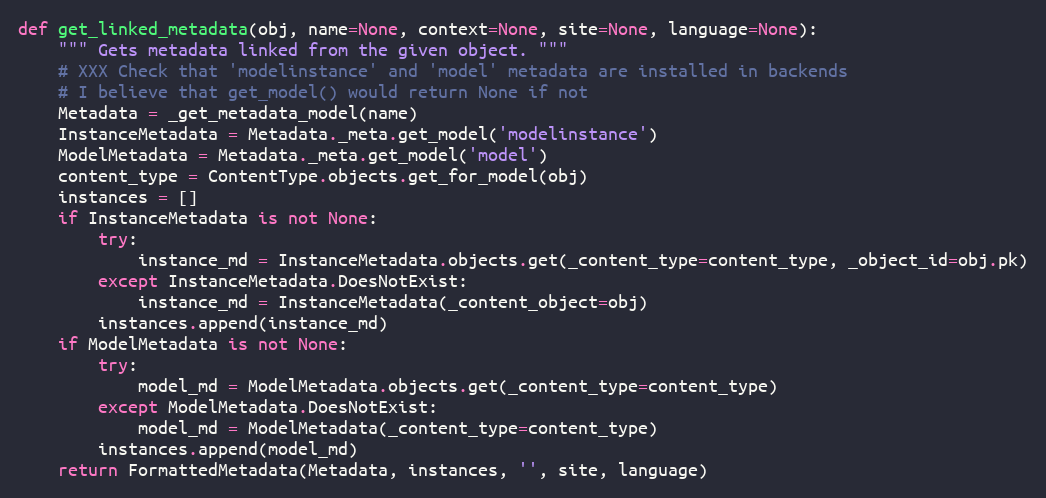
Language: Python
def get_linked_metadata(obj, name=None, context=None, site=None, language=None):
    """ Gets metadata linked from the given object. """
    # XXX Check that 'modelinstance' and 'model' metadata are installed in backends
    # I believe that get_model() would return None if not
    Metadata = _get_metadata_model(name)
    InstanceMetadata = Metadata._meta.get_model('modelinstance')
    ModelMetadata = Metadata._meta.get_model('model')
    content_type = ContentType.objects.get_for_model(obj)
    instances = []
    if InstanceMetadata is not None:
        try:
            instance_md = InstanceMetadata.objects.get(_content_type=content_type, _object_id=obj.pk)
        except InstanceMetadata.DoesNotExist:
            instance_md = InstanceMetadata(_content_object=obj)
        instances.append(instance_md)
    if ModelMetadata is not None:
        try:
            model_md = ModelMetadata.objects.get(_content_type=content_type)
        except ModelMetadata.DoesNotExist:
            model_md = ModelMetadata(_content_type=content_type)
        instances.append(model_md)
    return FormattedMetadata(Metadata, instances, '', site, language)